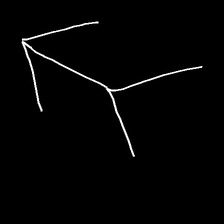
Glyph: gather